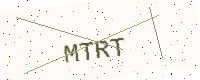
Text: MTRT